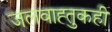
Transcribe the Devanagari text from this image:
जलवाह्तुकही